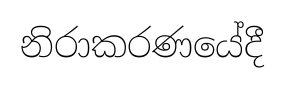
නිරාකරණයේදී